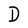
Character: D